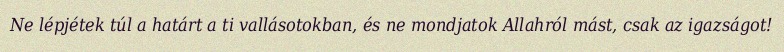
Ne lépjétek túl a határt a ti vallásotokban, és ne mondjatok Allahról mást, csak az igazságot!